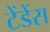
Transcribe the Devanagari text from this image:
टेंडेंस